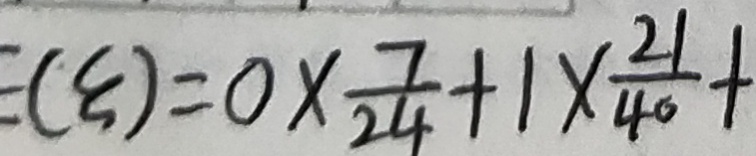
( \varepsilon ) = 0 \times \frac { 7 } { 2 4 } + 1 \times \frac { 2 1 } { 4 0 } +